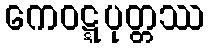
ကေဝဋ္ဋပုတ္တဿ